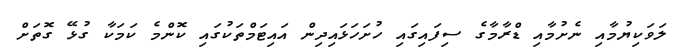
ލަވަކިޔުމާއި ނެށުމާއި ޑްރާމާގެ ސިފައިގައި ހުށަހަޅައިދިން އައިޓަމްތަކުގައި ކޮންމެ ކަމަކާ ގުޅޭ ގޮތަށް